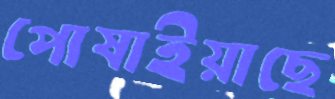
পোষাইয়াছে